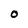
Character: O